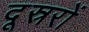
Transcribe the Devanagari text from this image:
दूस्ररों